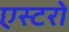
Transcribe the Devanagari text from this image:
एस्टरो